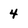
Character: 4